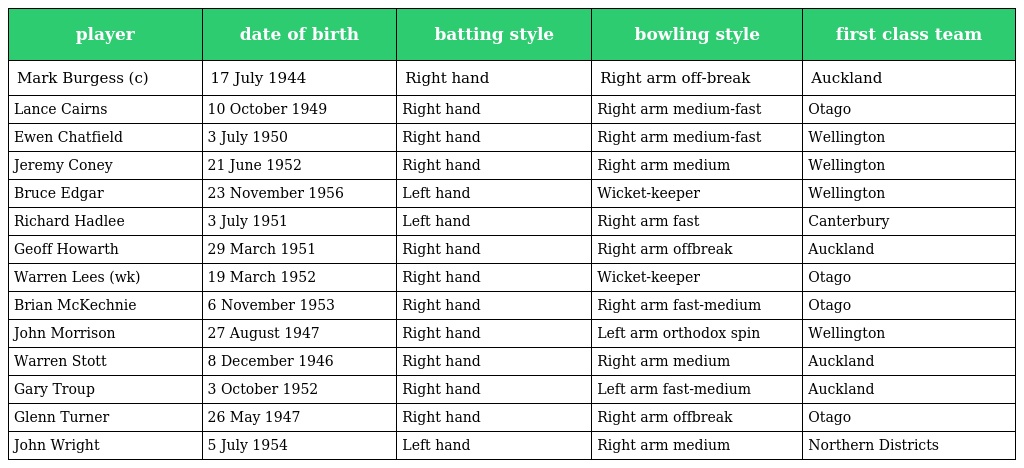
| player | date of birth | batting style | bowling style | first class team |
 | --- | --- | --- | --- | --- |
 | Mark Burgess (c) | 17 July 1944 | Right hand | Right arm off-break | Auckland |
 | Lance Cairns | 10 October 1949 | Right hand | Right arm medium-fast | Otago |
 | Ewen Chatfield | 3 July 1950 | Right hand | Right arm medium-fast | Wellington |
 | Jeremy Coney | 21 June 1952 | Right hand | Right arm medium | Wellington |
 | Bruce Edgar | 23 November 1956 | Left hand | Wicket-keeper | Wellington |
 | Richard Hadlee | 3 July 1951 | Left hand | Right arm fast | Canterbury |
 | Geoff Howarth | 29 March 1951 | Right hand | Right arm offbreak | Auckland |
 | Warren Lees (wk) | 19 March 1952 | Right hand | Wicket-keeper | Otago |
 | Brian McKechnie | 6 November 1953 | Right hand | Right arm fast-medium | Otago |
 | John Morrison | 27 August 1947 | Right hand | Left arm orthodox spin | Wellington |
 | Warren Stott | 8 December 1946 | Right hand | Right arm medium | Auckland |
 | Gary Troup | 3 October 1952 | Right hand | Left arm fast-medium | Auckland |
 | Glenn Turner | 26 May 1947 | Right hand | Right arm offbreak | Otago |
 | John Wright | 5 July 1954 | Left hand | Right arm medium | Northern Districts |